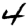
Digit: 4